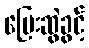
ပြေးဆွဲခွင့်